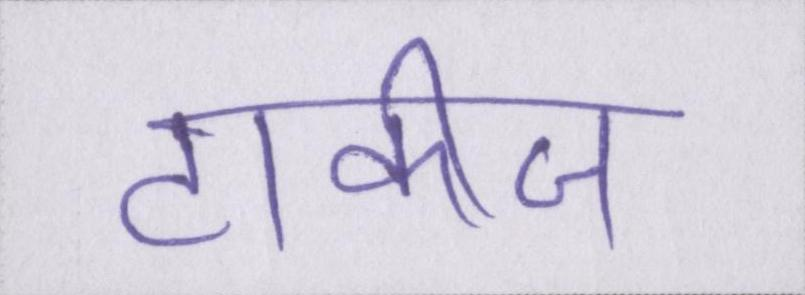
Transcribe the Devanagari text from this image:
टाकीज